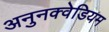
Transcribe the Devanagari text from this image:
अनुनक्वेडियम